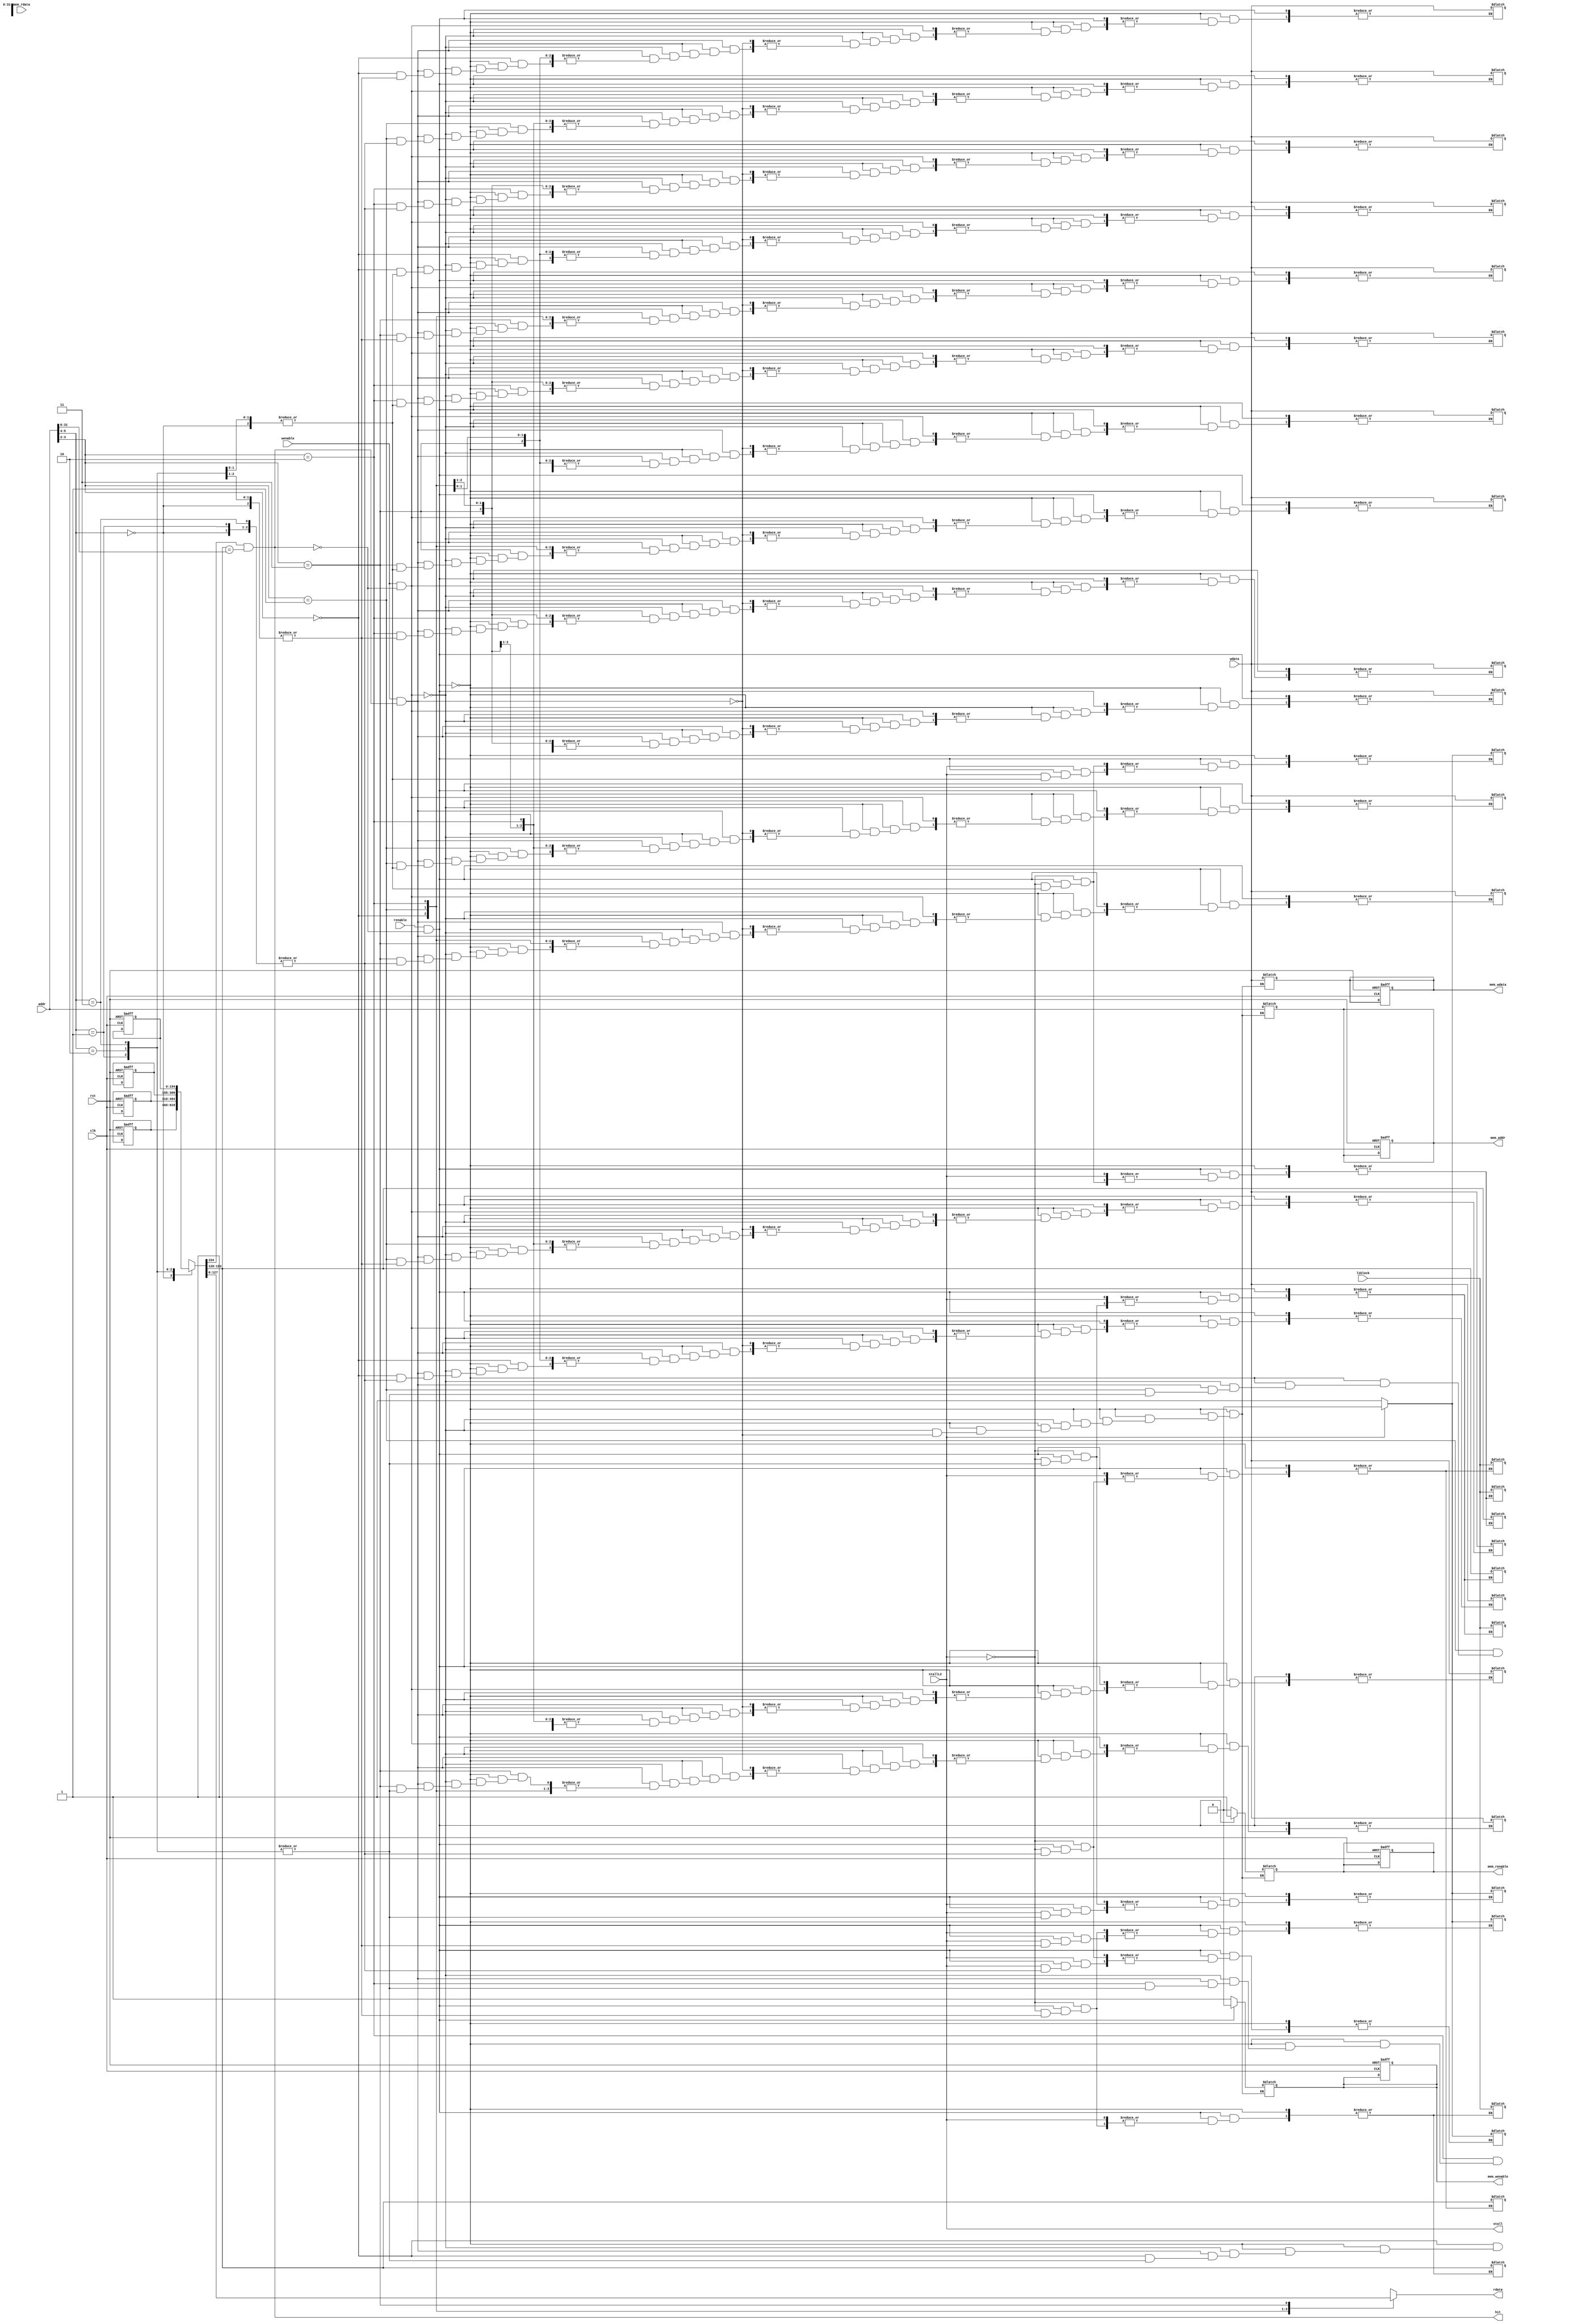
module cache (clk, rst, addr, wdata, wenable, renable, rdata, hit, mem_wenable, mem_renable, mem_wdata, mem_rdata, mem_addr, stall,stallL2, l1block) ;

input wire clk;
input wire rst;
input wire wenable, renable;
input wire [31:0] wdata, mem_rdata;
input wire [31:0] addr;
input wire [0:127] l1block; 
input stallL2;
output reg [31:0] rdata;
output reg [31:0] mem_wdata, mem_addr;
output hit, stall;
output reg mem_renable, mem_wenable;

wire index;
wire tag;
wire block;
wire hitl2;

assign hitl2 = !stallL2;

localparam stride = (1+26+4*32);

reg [0:stride-1]cacheBlock[0:3];

wire [25:0] t;
wire [1:0] k;
wire [1:0] b;

assign t = addr[31:6];
assign k = addr[5:4];
assign b = addr[3:2];

wire [0:stride-1] curRow;

assign curRow = cacheBlock[k];

wire [25:0] t_cur;
wire v_cur;
wire [31:0] D0,D1,D2,D3;

assign t_cur = curRow[1:26];
assign v_cur = curRow[0];

assign D0 = curRow[27:(27+31)];
assign D1 = curRow[(27+32):(27+32+31)];
assign D2 = curRow[(27+64):(27+64+31)];
assign D3 = curRow[(27+96):(27+96+31)];

wire tag_cmp;

assign tag_cmp = (t_cur==t);

assign hit = v_cur & tag_cmp;
assign stall = stallL2;

always @*
case (b)
    2'b00: rdata = D0;
    2'b01: rdata = D1;
    2'b10: rdata = D2;
    2'b11: rdata = D3;
endcase

wire [31:0]mask4, read_addr, r0,r1,r2,r3;
reg [2:0] counter;

assign mask4 = 32'b1111_1111_1111_1111_1111_1111_1111_0000;
assign read_addr = addr&mask4;

assign r0 = read_addr + 0;
assign r1 = read_addr + 4;
assign r2 = read_addr + 8;
assign r3 = read_addr + 12;

always @(posedge clk, posedge rst)
begin
if (rst)
    begin
        counter <= 4;
        cacheBlock[0] <=0;
        cacheBlock[1] <=0;
        cacheBlock[2] <=0;
        cacheBlock[3] <=0;
        mem_wdata <=0;
        mem_addr <=0;
        mem_renable<=0;
        mem_wenable<=0;
    end
end

always @*
if (!hit&renable)
    if (!hitl2)
    begin
        cacheBlock[k][0] = 0;
    end
    else 
    begin
        cacheBlock[k][0]=1;
        cacheBlock[k][1:26]=t_cur;
        cacheBlock[k][27:stride-1]=l1block;
    end

always @*
if (renable&!hit)
    begin
        mem_addr = addr;
        mem_wdata = wdata;
        mem_renable = 1;
        mem_wenable = 0;
    end
else if (renable&!hit)
    begin
        mem_addr = addr;
        mem_wdata = wdata;
        mem_renable = 0;
        mem_wenable = 0;
    end
else if (wenable&!hit)
    begin
        mem_addr = addr;
        mem_wdata = wdata;
        mem_renable = 0;
        mem_wenable = 1;
    end
else if (wenable&hit)       
    begin
        mem_addr = addr;
        mem_wdata = wdata;
        mem_renable = 0;
        mem_wenable = 1;
        case (b)
            2'b00: cacheBlock[k][27:(27+31)] = wdata;
            2'b01: cacheBlock[k][(27+32):(27+32+31)] = wdata;
            2'b10: cacheBlock[k][(27+64):(27+64+31)] = wdata;
            2'b11: cacheBlock[k][(27+96):(27+96+31)] = wdata;
        endcase
    end

endmodule